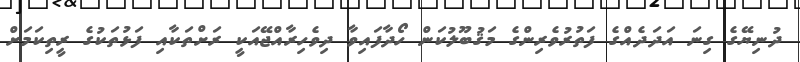
ދުނިޔޭގެ ގިނަ އަދަދެއްގެ ފަތުރުވެރިންގެ މަޤުބޫލުކަން ހޯދާފައިވާ ދިވެހިރާއްޖޭއަކީ ރަށްތަކާއި ފަޅުތަކުގެ ރީތިކަމަށް